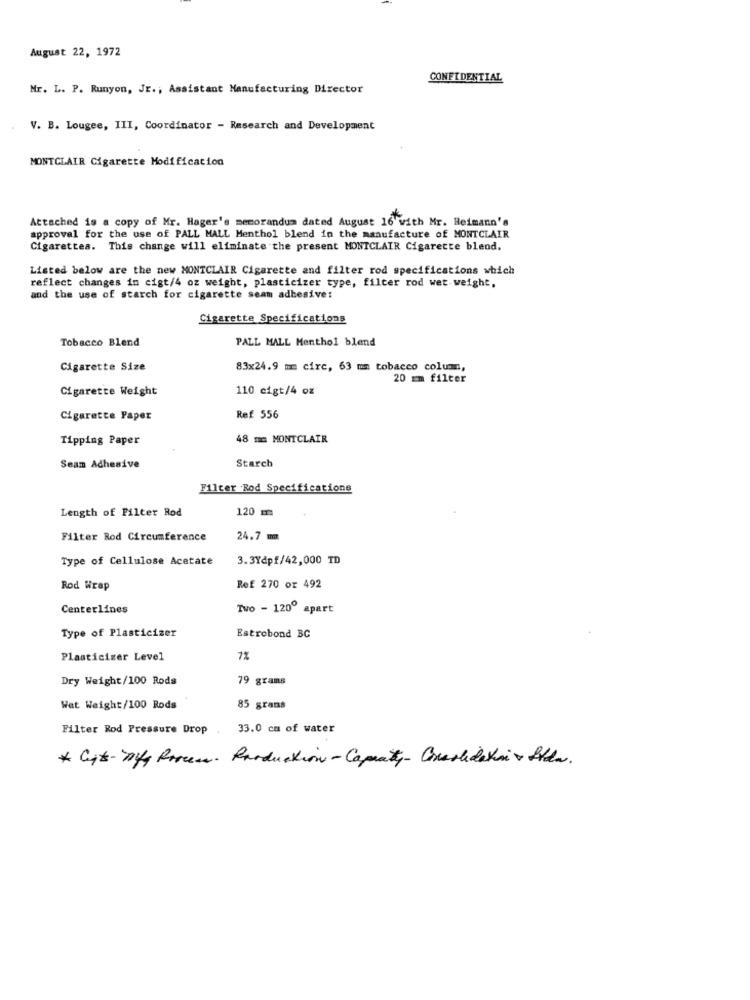
August 22, 1972
CONFIDENTIAL
Mr. L. P. Runyon, JE ., Assistant Manufacturing Director
V. B. Lougee, III, Coordinator - Research and Development
MONTCLAIR Cigarette Modification
Attached is a copy of Mr. Hager's memorandum dated August 16 with Mr. Reimann's
approval for the use of PALL MALL Menthol blend in the manufacture of MONTCLAIR
Cigarettes. This change will eliminate the present MONTCLAIR Cigarette blend.
Listed below are the new MONTCLAIR Cigarette and filter rod specifications which
reflect changes in cigt/4 oz weight, plasticizer type, filter rod wet-weight,
and the use of starch for cigarette seam adhesive:
Cigarette Specifications
Tobacco Blend
PALL MALL Menthol blend
Cigarette Size
83x24.9 mm circ, 63 mm tobacco colum,
20 Em filter
Cigarette Weight
110 cigt/4 oz
Cigarette Paper
Ref 556
Tipping Paper
48 mm MONTCLAIR
Seam Adhesive
Starch
Filter Rod Specifications
Length of Filter Rod
120 m
Filter Rod Circumference
24.7 mm
Type of Cellulose Acetate
3.3Ydpf/42,000 TD
Rod Wrap
Ref 270 or 492
Centerlines
Two - 1200 apart
Estrobond BC
Type of Plasticizer
Plasticizer Level
7%
Dry Weight/100 Rods
79 grams
Wat Weight/100 Rods
85 grams
Filter Rod Pressure Drop .
33.0 cm of water
* Cit- Tyg Process. Rarduction - Capaity- Crashdaki + Sida.